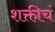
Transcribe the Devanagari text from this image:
शक्तीचं